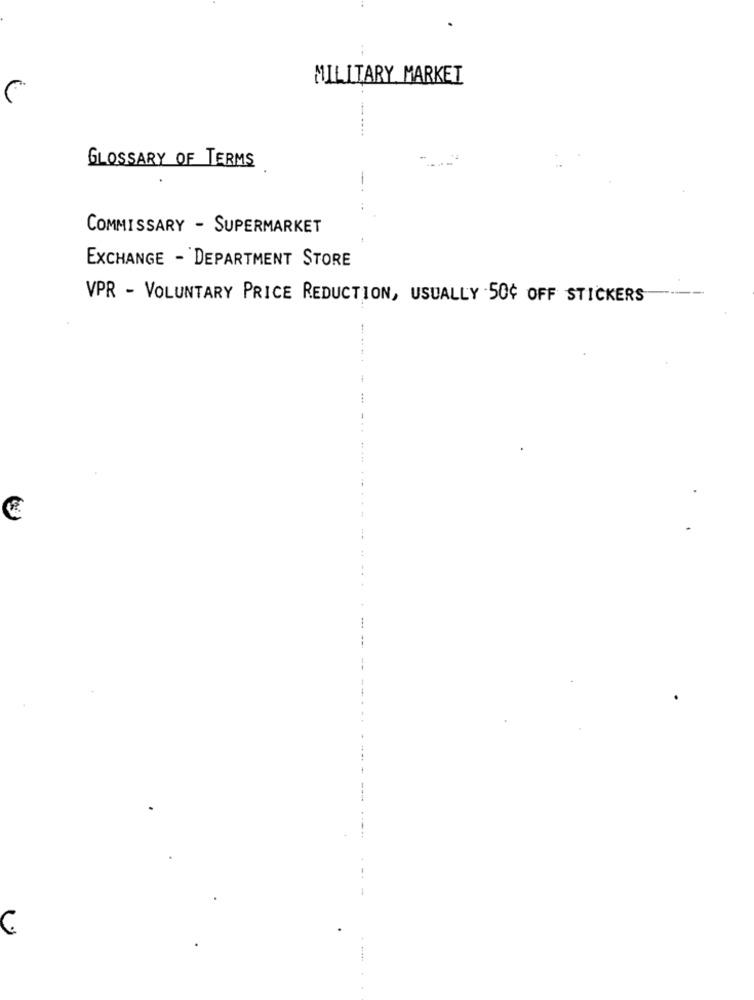
MILITARY MARKET
GLOSSARY OF TERMS
-
COMMISSARY - SUPERMARKET
EXCHANGE - DEPARTMENT STORE
--
VPR - VOLUNTARY PRICE REDUCTION, USUALLY 50¢ OFF STICKERS
C